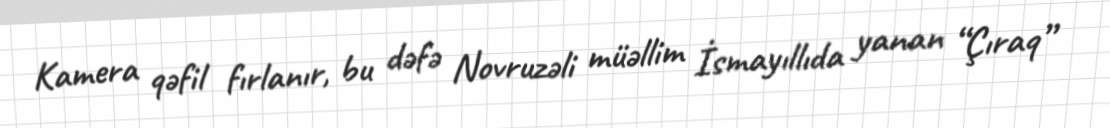
Kamera qəfil fırlanır, bu dəfə Novruzəli müəllim İsmayıllıda yanan “Çıraq”